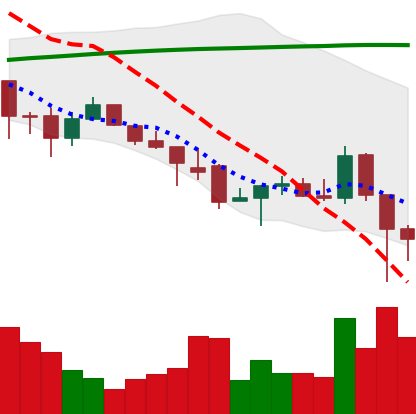
Ticker: ADA-USD
Chart end date: 2021-12-05
Forward return: -12.076%
Label: down_7plus